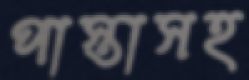
পাস্তাসহ